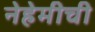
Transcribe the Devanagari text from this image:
नेहेमीची